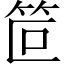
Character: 笸